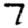
Digit: 7